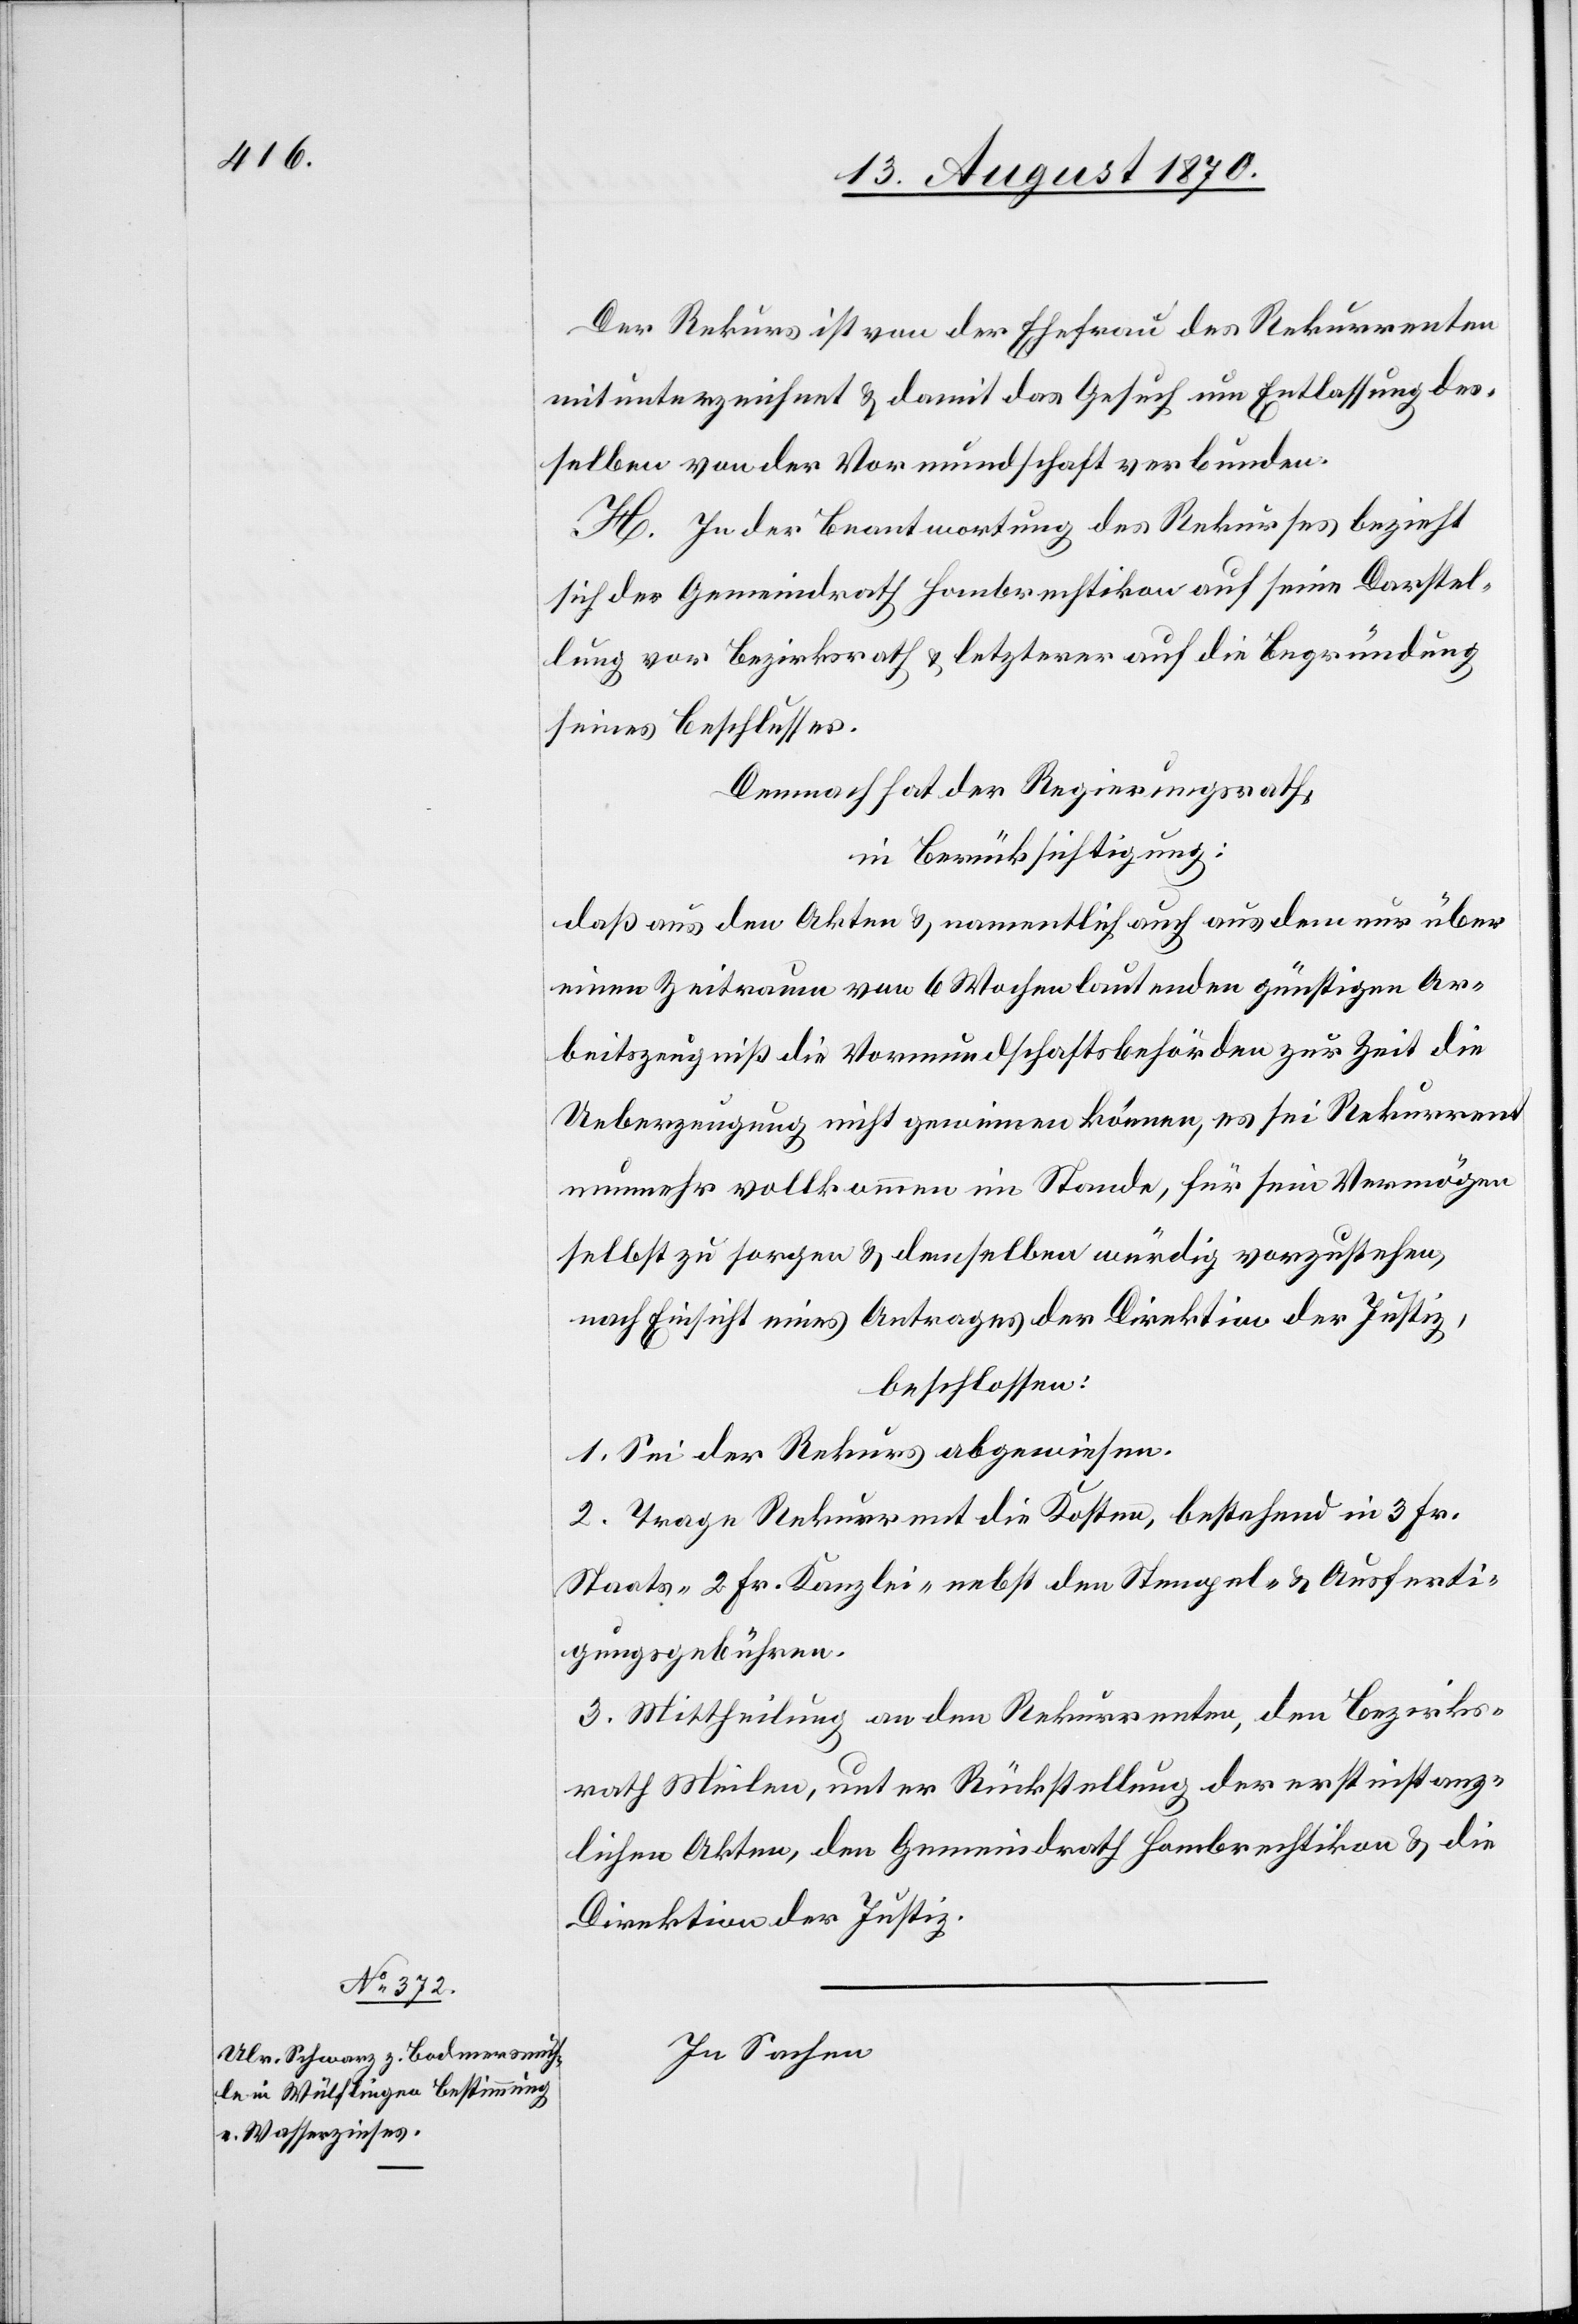
Der Rekurs ist von der Ehefrau des Rekurrenten
mitunterzeichnet & damit das Gesuch um Entlassung des¬
selben von der Vormundschaft verbunden.
H. In der Beantwortung des Rekurses bezieht
sich der Gemeindrath Hombrechtikon auf seine Darstel¬
lung vor Bezirksrath & letzterer auf die Begründung
seines Beschlusses.
Demnach hat der Regierungsrath,
in Berücksichtigung:
daß aus den Akten & namentlich auch aus dem nur über
einen Zeitraum von 6 Wochen lautenden günstigen Ar¬
beitszeugniß die Vormundschaftsbehörden zur Zeit die
Ueberzeugung nicht gewinnen können, es sei Rekurrent
nunmehr vollkommen im Stande, für sein Vermögen
selbst zu sorgen & demselben würdig vorzustehen,
nach Einsicht eines Antrages der Direktion der Justiz,
beschlossen:
1. Sei der Rekurs abgewiesen.
2. Trage Rekurrent die Kosten, bestehend in 3 Fr.
Staats- 2 Fr. Kanzlei- nebst den Stempel- & Ausferti¬
gungsgebühren.
3. Mittheilung an den Rekurrenten, den Bezirks¬
rath Meilen, unter Rückstellung der erstinstanz¬
lichen Akten, den Gemeindrath Hombrechtikon & die
Direktion der Justiz.
In Sachen